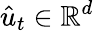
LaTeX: \hat{u}_{t}\in\mathbb{R}^{d}